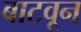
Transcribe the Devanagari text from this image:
बाटवून